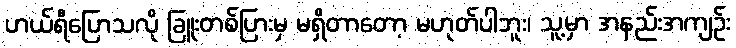
ဟယ်ရီပြောသလို ခြူးတစ်ပြားမှ မရှိတာတော့ မဟုတ်ပါဘူး၊ သူ့မှာ အနည်းအကျဉ်း